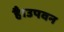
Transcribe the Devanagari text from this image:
है।उपवन